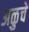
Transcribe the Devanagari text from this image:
अळुचे